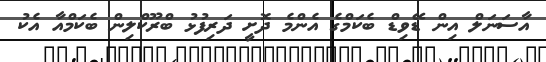
އާސަނަލް އިން ޑޭވިޑް ބެކަމްގެ އެންމެ ދޮށީ ދަރިފުޅު ބްރޫކްލިން ބެކަމްއާ އެކު